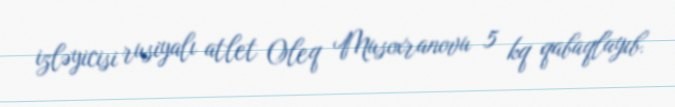
izləyicisi rusiyalı atlet Oleq Musoxranovu 5 kq qabaqlayıb.